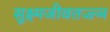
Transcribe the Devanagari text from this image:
सूक्ष्मजीवतज्ज्ञ